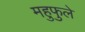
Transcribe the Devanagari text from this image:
महुफुले